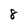
Character: 8